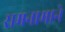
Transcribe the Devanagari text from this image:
रामनामाने